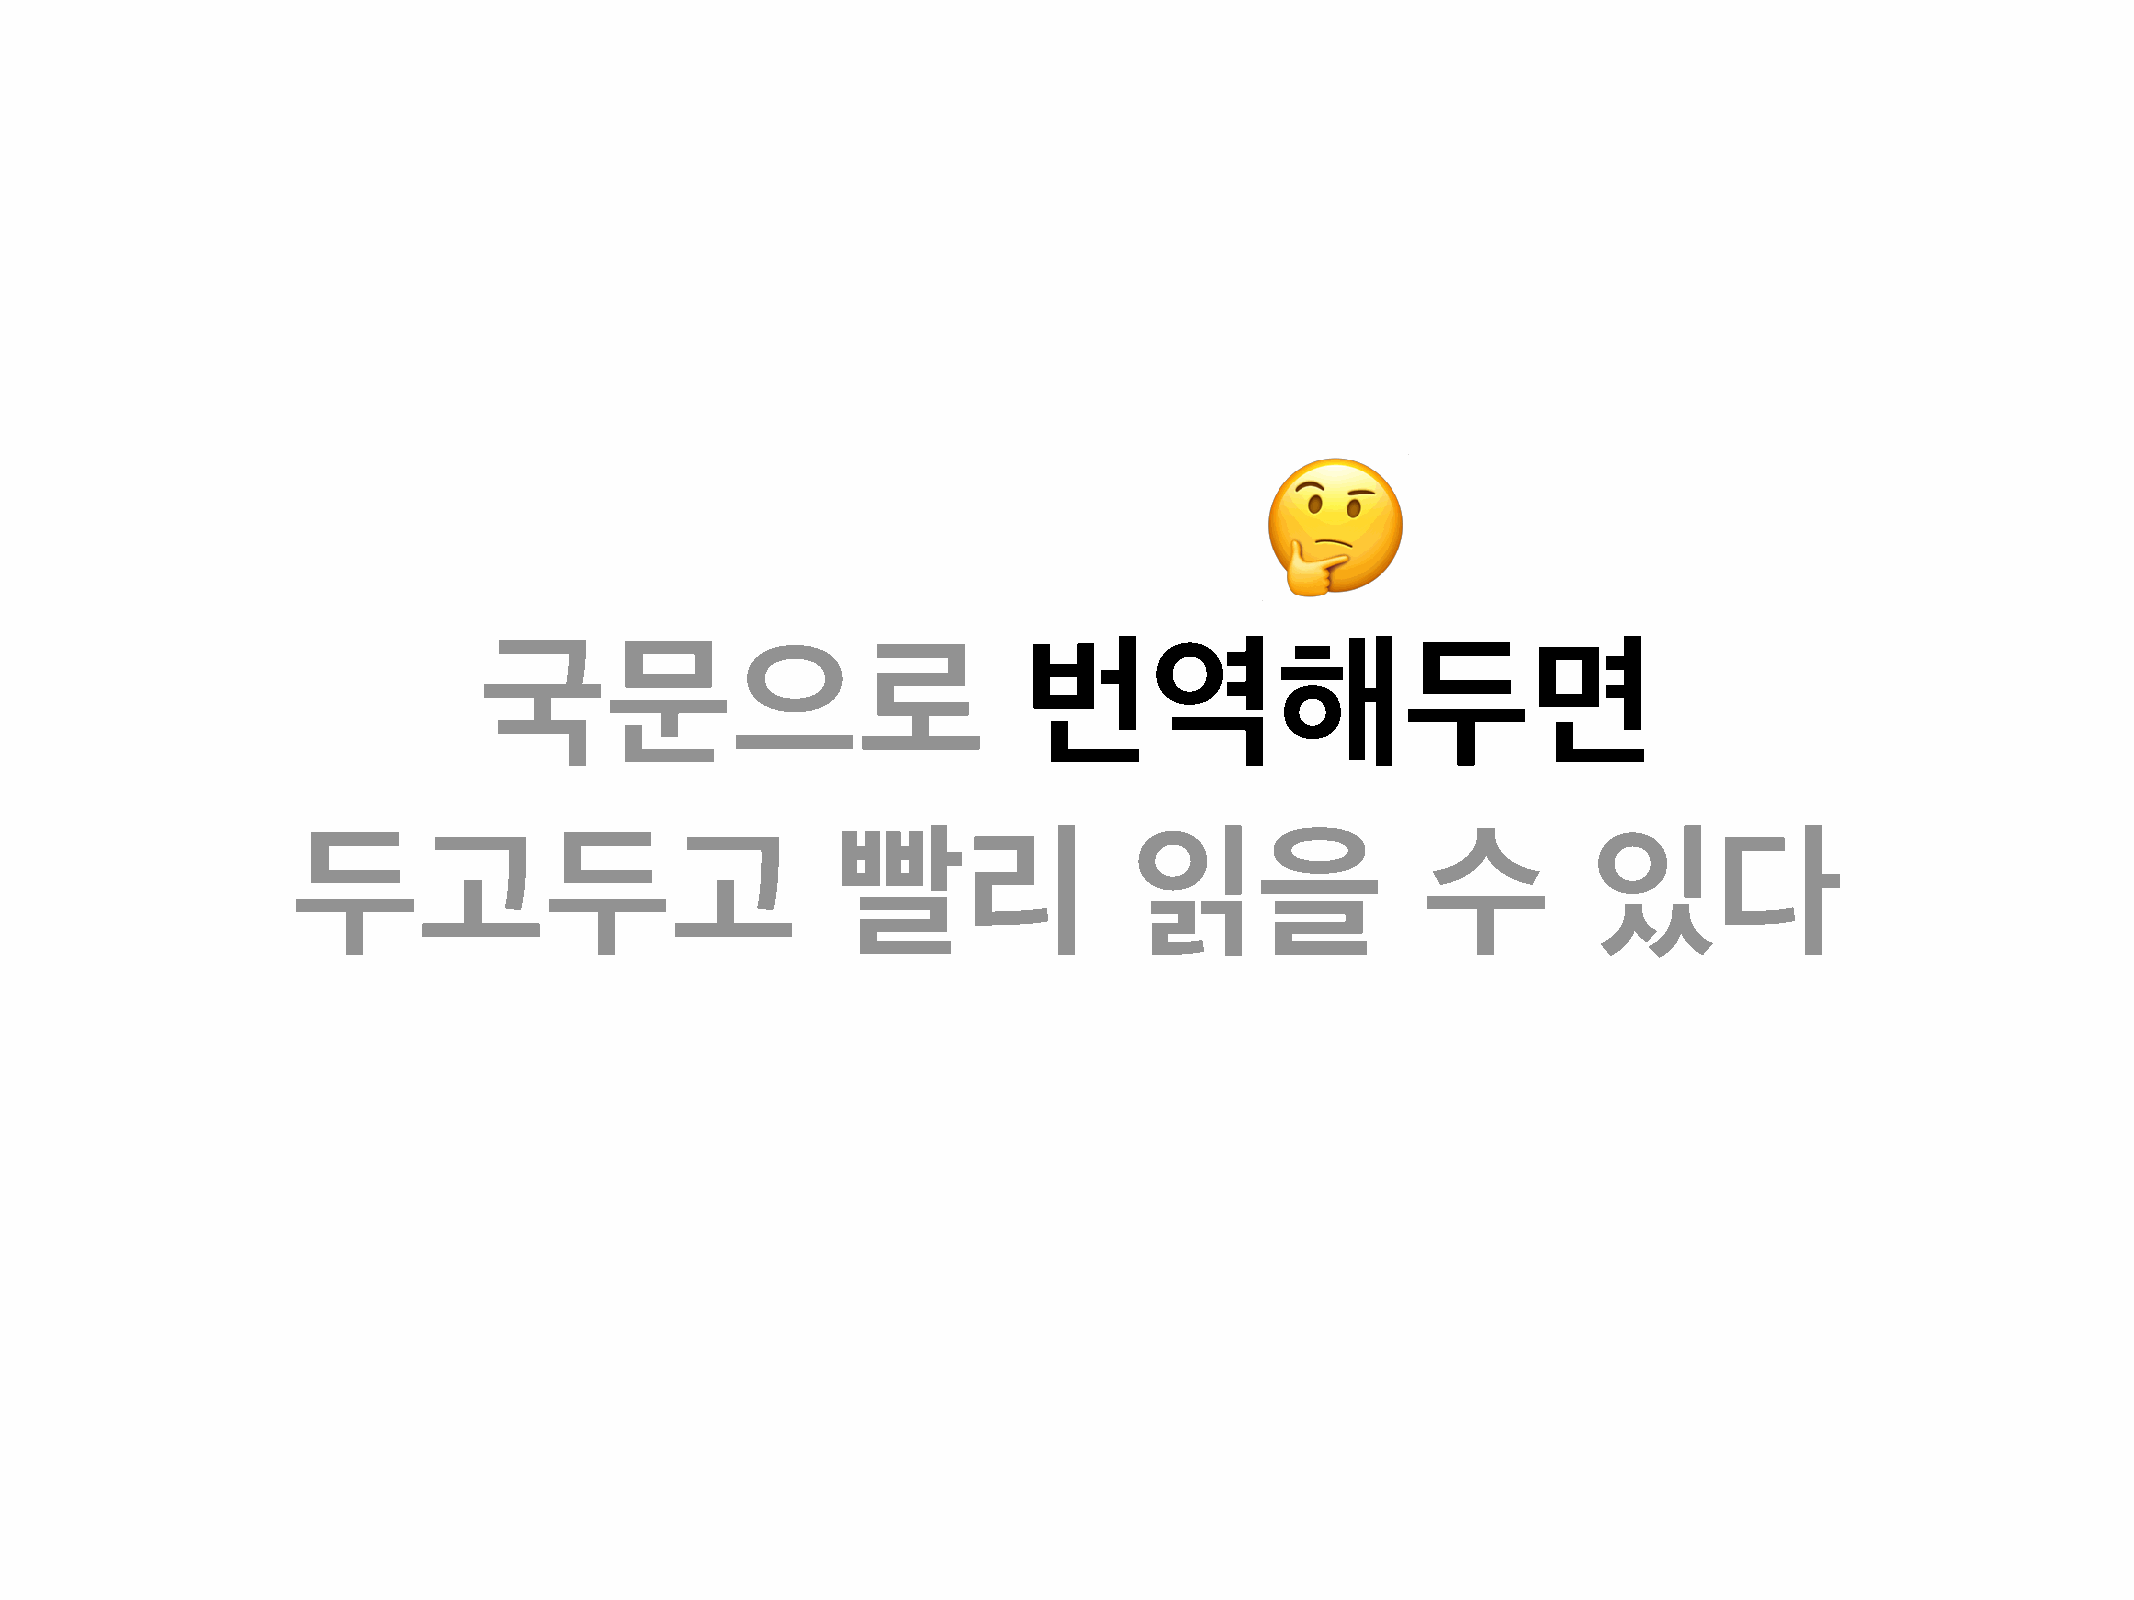
🤔
 국문으로                                번역해두면
 두고두고                                빨리                  읽을                 수          있다